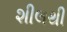
શીલથી